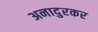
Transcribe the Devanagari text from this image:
अनादुरकर